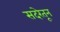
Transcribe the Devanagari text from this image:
सदरेतून